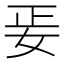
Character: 𡛵